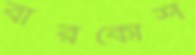
বারকোশ